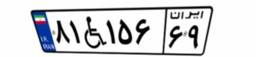
۸۱W۱۵۶۶۹